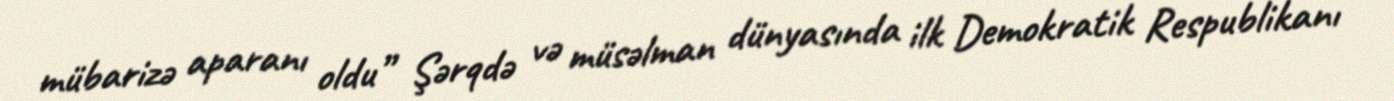
mübarizə aparanı oldu” Şərqdə və müsəlman dünyasında ilk Demokratik Respublikanı